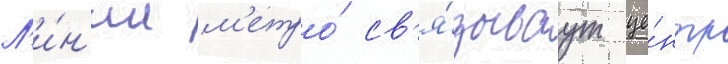
Л'и́н'ии м'етро́ св'я́зываут це́нтр